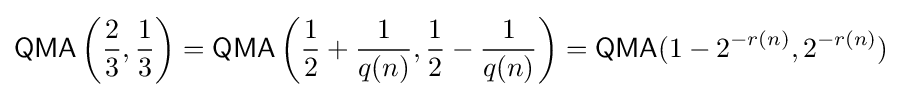
{\mathsf {QMA}}\left({\frac {2}{3}},{\frac {1}{3}}\right)={\mathsf {QMA}}\left({\frac {1}{2}}+{\frac {1}{q(n)}},{\frac {1}{2}}-{\frac {1}{q(n)}}\right)={\mathsf {QMA}}(1-2^{-r(n)},2^{-r(n)})